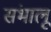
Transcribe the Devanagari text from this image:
संभालूं